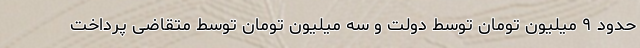
حدود ۹ میلیون تومان توسط دولت و سه میلیون تومان توسط متقاضی پرداخت